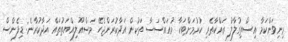
މިނިވަންކަމާ އިސްތިގުލާލު ރައްކާތެރި ކުރުމަށްޓަކާ މުއައްސަސާ ތަކުން އަދާކުރަންޖެހޭ މަސްއޫލިއްޔަތުތައް އަދާކުރާނެ: ޑިފެންސް